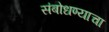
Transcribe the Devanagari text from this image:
संबोधण्याचा